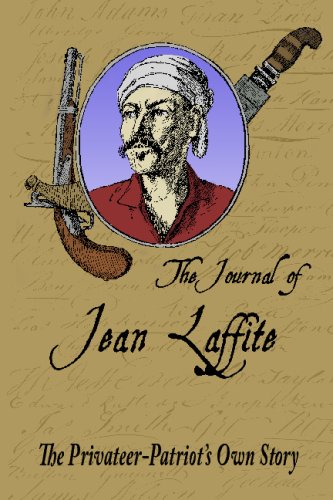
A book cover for The Journal Of Jean Laffite: The Privateer-Patriot's Own Story; Jean Lafitte; History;